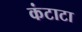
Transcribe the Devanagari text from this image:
कंटाटा